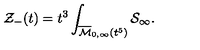
{ \cal Z } _ { - } ( t ) = t ^ { 3 } \int _ { \overline { { { \cal M } } } _ { 0 , \infty } ( t ^ { 5 } ) } { \cal S } _ { \infty } .